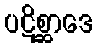
ပဋိစ္ဆာဒေ